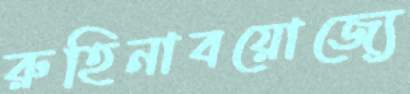
রুহিনাবয়োজ্যে